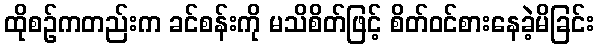
ထိုစဉ်ကတည်းက ခင်စန်းကို မသိစိတ်ဖြင့် စိတ်ဝင်စားနေခဲ့မိခြင်း